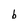
Character: b